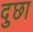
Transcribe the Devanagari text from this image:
दुछा